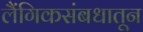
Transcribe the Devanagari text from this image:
लैंगिकसंबधातून